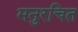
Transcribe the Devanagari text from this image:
मनुरचित